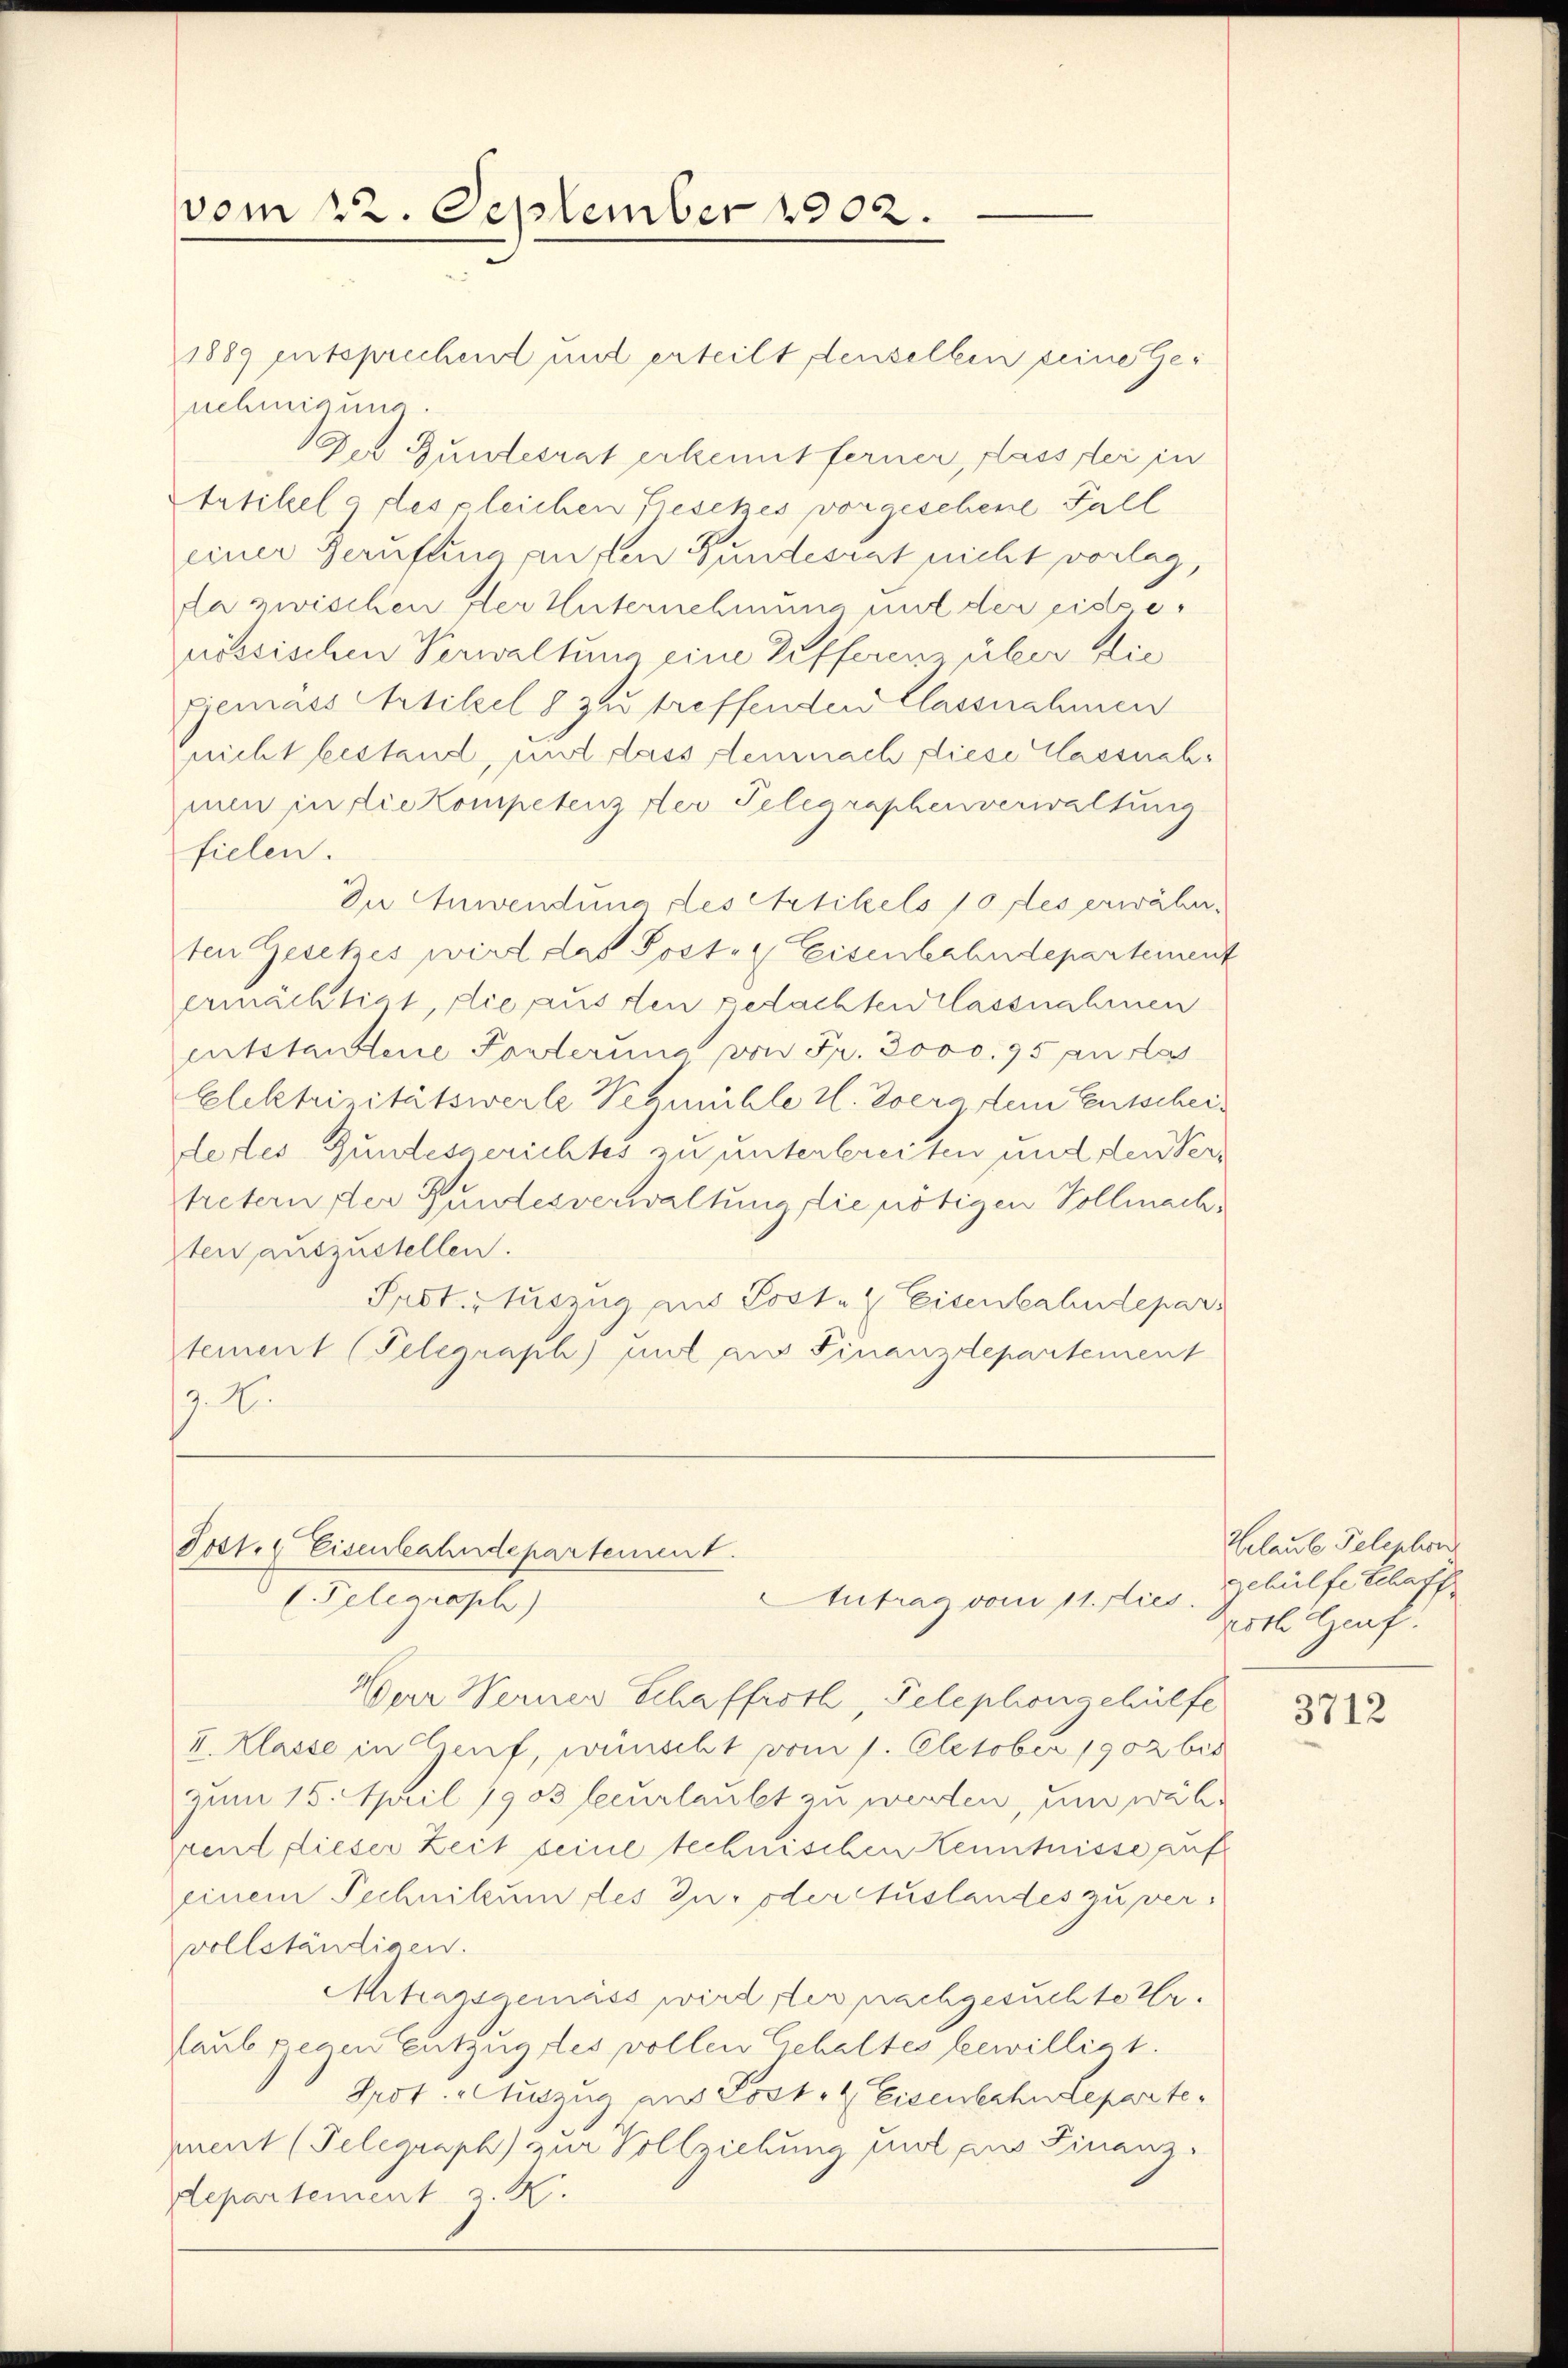
vom 22. September 1902.

1889 entsprechend und erteilt denselben seine Genehmigung
Der Bundesrat erkennt ferner, dass der in
Artikelg des pleichen Presetzes vorgeschene Fall
einer Gernftung an den Bundesrat nicht vorlag,
da zwischen der Unternehmung mit der eidgeössischen Verwaltung eine Differenz über die
gemäss Artikel 8 zu treffenden Classnahmen
nicht bestand, und dass demnach diese Classnahmen in die Kompetenz der Telegraphenverwaltung
fielen.
In Anwendung des Artikels 10 des erwähnten Gesetzes wird das Posten Eisenbahndepartement
ermächtigt, die aus den gedachten Classnahmen
entstandtene Posterina von Fr. 3000. 95 an las
Elektrizitätswerte Vegmühle u. Zoerg, dem Entscheilertes Gundesgerichtes zu unterbreiten und den Vertretern der Bundesverwaltung, die nötigen Vollmachsten auszustellen.
Prot. Stuszug aus Post. Eisenbahndepar
stement (Telegraph) mit aus Finanzdepartement
9. X.
Post. Eisenbahndepartement.
Antrag vom 11. Fies.
 Telegraph)
Herr Werner Schaffroth, Telephongehülfe
I. Klasse in Genf, wünscht vom 1. October 1902 bis
zum 15. April 1903 beurlaubt zu werden, und während dieser Zeit seine technischen Kenntnisse auf
einem Technikum des Zu- oder Auslandes zu vervollständigen.
Mitarsgemäss wird, der nachgesuchte Hr.
laub genen Entzug des vollen Gehaltes bewilligt.
Prot. Auszug aus Post- & Eisenbahndeparteprent (Telegraph zur Vollziehung fol zu Finanz¬
Separtement H.

Helaute Telephon
gehülfe Schaff
Herrl. Genf.

3712